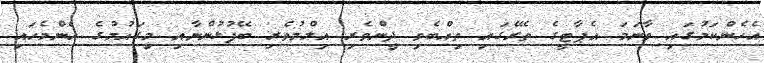
އެހެންކަމުގައި ވާނަމަ އެޕާޓީގެ ތެރޭގައި ތިއްބެވި ދީންވެރި އިލްމުވެރި ބޭފުޅުންނާއި މިގައުމުގެ އެންމެހައި